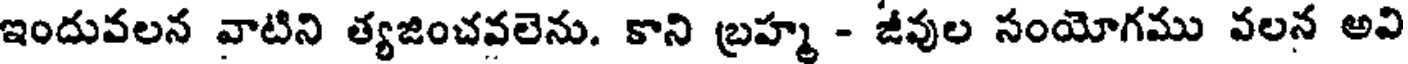
ఇందువలన వాటిని త్యజించవలెను. కాని బ్రహ్మ - జీవుల సంయోగము వలన అవి